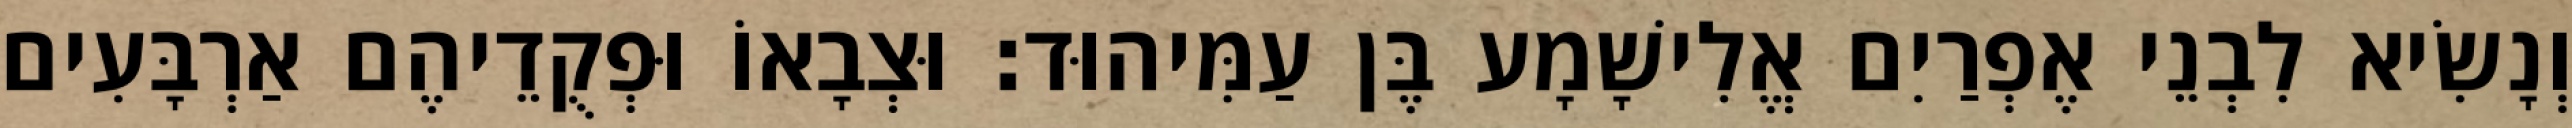
וְנָשִׂיא לִבְנֵי אֶפְרַיִם אֱלִישָׁמָע בֶּן עַמִּיהוּד׃ וּצְבָאוֹ וּפְקֻדֵיהֶם אַרְבָּעִים